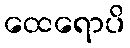
ထေရောပိ